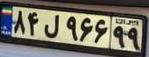
۸۴ل۹۶۶۹۹